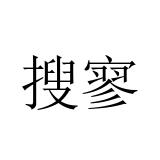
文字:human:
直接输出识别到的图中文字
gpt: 搜寥